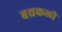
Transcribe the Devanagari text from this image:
बथ्रकली